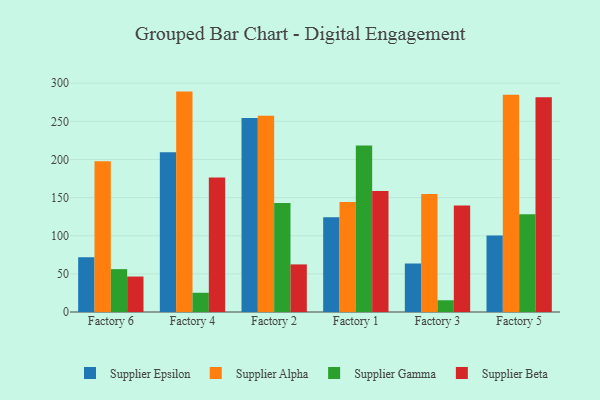
{"axis": {"x": "Factory", "y": "Shipments"}, "legend": ["Supplier Alpha", "Supplier Beta", "Supplier Epsilon", "Supplier Gamma"], "data": [{"x": "Factory 6", "y": 71.7, "type": "Supplier Epsilon"}, {"x": "Factory 6", "y": 197.7, "type": "Supplier Alpha"}, {"x": "Factory 6", "y": 56.2, "type": "Supplier Gamma"}, {"x": "Factory 6", "y": 46.5, "type": "Supplier Beta"}, {"x": "Factory 4", "y": 209.6, "type": "Supplier Epsilon"}, {"x": "Factory 4", "y": 289.0, "type": "Supplier Alpha"}, {"x": "Factory 4", "y": 25.2, "type": "Supplier Gamma"}, {"x": "Factory 4", "y": 176.2, "type": "Supplier Beta"}, {"x": "Factory 2", "y": 254.3, "type": "Supplier Epsilon"}, {"x": "Factory 2", "y": 257.4, "type": "Supplier Alpha"}, {"x": "Factory 2", "y": 143.0, "type": "Supplier Gamma"}, {"x": "Factory 2", "y": 62.4, "type": "Supplier Beta"}, {"x": "Factory 1", "y": 124.2, "type": "Supplier Epsilon"}, {"x": "Factory 1", "y": 144.2, "type": "Supplier Alpha"}, {"x": "Factory 1", "y": 218.3, "type": "Supplier Gamma"}, {"x": "Factory 1", "y": 158.6, "type": "Supplier Beta"}, {"x": "Factory 3", "y": 63.6, "type": "Supplier Epsilon"}, {"x": "Factory 3", "y": 154.6, "type": "Supplier Alpha"}, {"x": "Factory 3", "y": 15.4, "type": "Supplier Gamma"}, {"x": "Factory 3", "y": 139.8, "type": "Supplier Beta"}, {"x": "Factory 5", "y": 100.4, "type": "Supplier Epsilon"}, {"x": "Factory 5", "y": 285.0, "type": "Supplier Alpha"}, {"x": "Factory 5", "y": 128.3, "type": "Supplier Gamma"}, {"x": "Factory 5", "y": 281.7, "type": "Supplier Beta"}]}